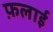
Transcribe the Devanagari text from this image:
फ़लाई